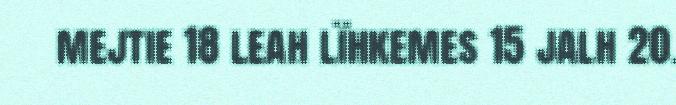
mejtie 18 leah lïhkemes 15 jalh 20.